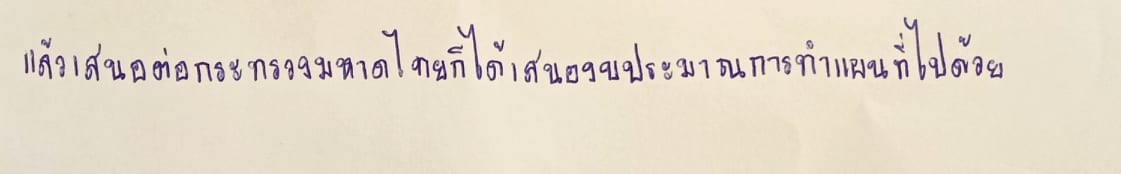
แล้วเสนอต่อกระทรวงมหาดไทยก็ได้เสนองบประมาณการทำแผนที่ไปด้วย